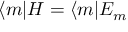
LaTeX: \langle m | H = \langle m | E _ { m }